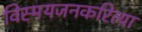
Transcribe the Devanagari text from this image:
विस्मयजनकरित्या